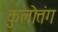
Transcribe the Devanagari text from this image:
कुलोत्तंग